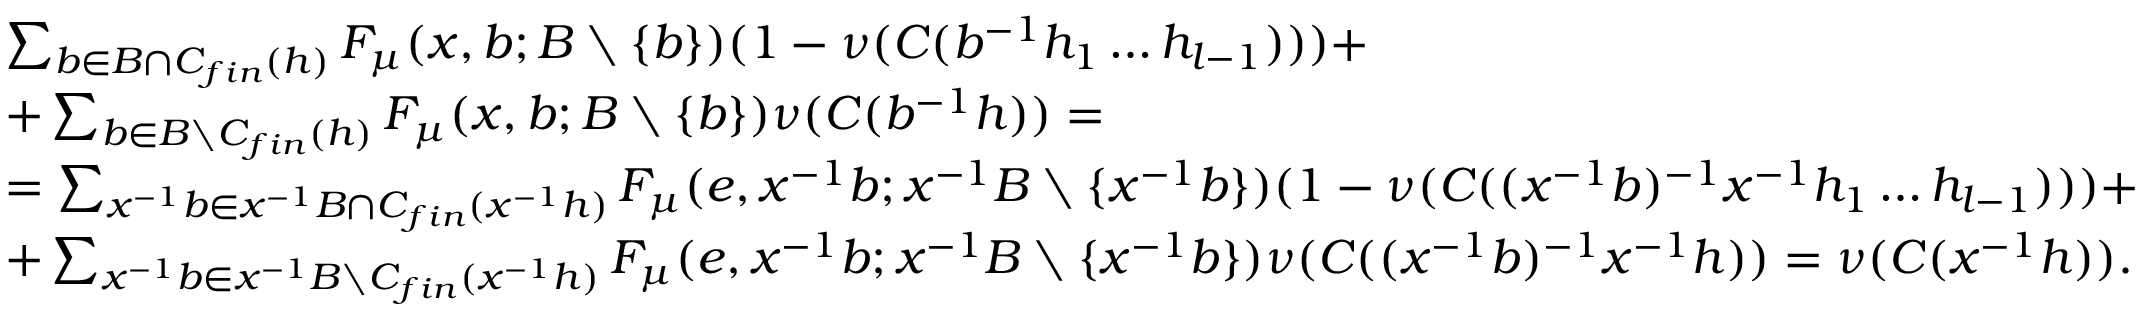
\begin{array} { r l } & { \sum _ { b \in B \cap C _ { f i n } ( h ) } F _ { \mu } ( x , b ; B \setminus \{ b \} ) ( 1 - \nu ( C ( b ^ { - 1 } h _ { 1 } \dots h _ { l - 1 } ) ) ) + } \\ & { + \sum _ { b \in B \setminus C _ { f i n } ( h ) } F _ { \mu } ( x , b ; B \setminus \{ b \} ) \nu ( C ( b ^ { - 1 } h ) ) = } \\ & { = \sum _ { x ^ { - 1 } b \in x ^ { - 1 } B \cap C _ { f i n } ( x ^ { - 1 } h ) } F _ { \mu } ( e , x ^ { - 1 } b ; x ^ { - 1 } B \setminus \{ x ^ { - 1 } b \} ) ( 1 - \nu ( C ( ( x ^ { - 1 } b ) ^ { - 1 } x ^ { - 1 } h _ { 1 } \dots h _ { l - 1 } ) ) ) + } \\ & { + \sum _ { x ^ { - 1 } b \in x ^ { - 1 } B \setminus C _ { f i n } ( x ^ { - 1 } h ) } F _ { \mu } ( e , x ^ { - 1 } b ; x ^ { - 1 } B \setminus \{ x ^ { - 1 } b \} ) \nu ( C ( ( x ^ { - 1 } b ) ^ { - 1 } x ^ { - 1 } h ) ) = \nu ( C ( x ^ { - 1 } h ) ) . } \end{array}